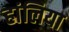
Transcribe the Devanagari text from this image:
हांलिया